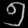
Digit: ၅